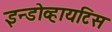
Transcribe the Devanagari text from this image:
इन्डोव्हायटिस